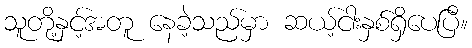
သူတို့နှင့်အတူ နေခဲ့သည်မှာ ဆယ့်ငါးနှစ်ရှိပေပြီ။